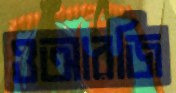
ওআরজি